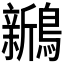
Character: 𬷵